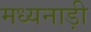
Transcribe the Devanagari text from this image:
मध्यनाड़ी